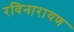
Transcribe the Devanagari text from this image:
रविनारायण